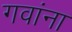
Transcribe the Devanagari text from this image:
गवांना